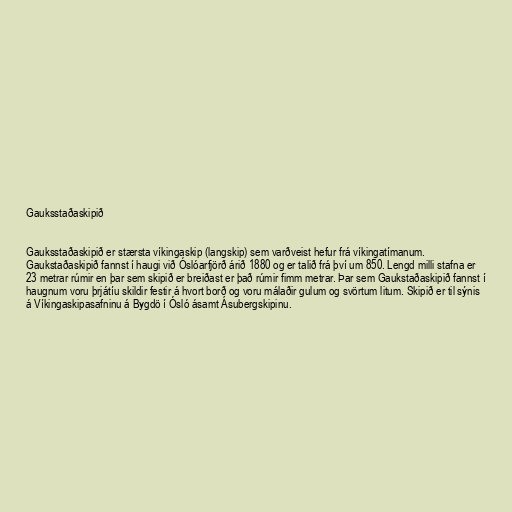
Gauksstaðaskipið

Gauksstaðaskipið er stærsta víkingaskip (langskip) sem varðveist hefur frá víkingatímanum.
Gaukstaðaskipið fannst í haugi við Óslóarfjörð árið 1880 og er talið frá því um 850. Lengd milli stafna er
23 metrar rúmir en þar sem skipið er breiðast er það rúmir fimm metrar. Þar sem Gaukstaðaskipið fannst í
haugnum voru þrjátíu skildir festir á hvort borð og voru málaðir gulum og svörtum litum. Skipið er til sýnis
á Víkingaskipasafninu á Bygdö í Ósló ásamt Ásubergskipinu.